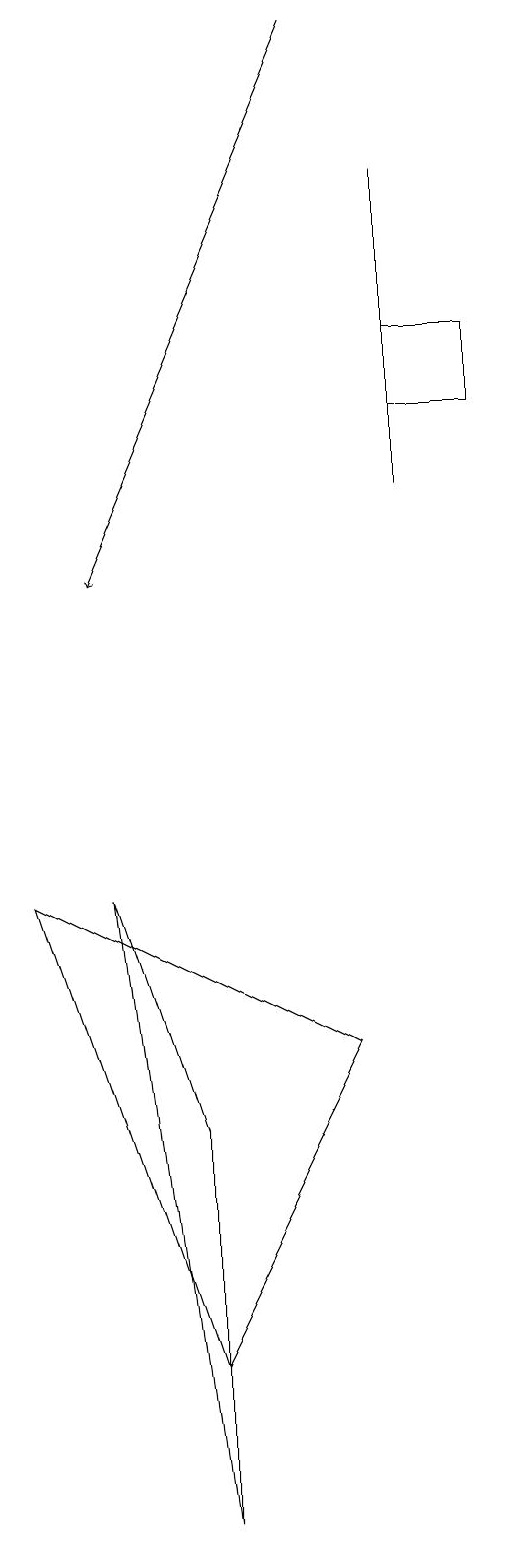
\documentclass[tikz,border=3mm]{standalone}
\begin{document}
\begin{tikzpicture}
\draw (6,13) rectangle (6,17);
\draw (7,14) rectangle (6,15);
\draw (2,8) -- (3,5) -- (3,0) -- cycle;
\draw (3,2) -- (1,8) -- (5,6) -- cycle;
\draw[->] (5,19) -- (2,12);
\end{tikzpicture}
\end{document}